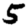
Digit: 5